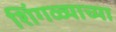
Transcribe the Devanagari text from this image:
शिंगळ्याच्या